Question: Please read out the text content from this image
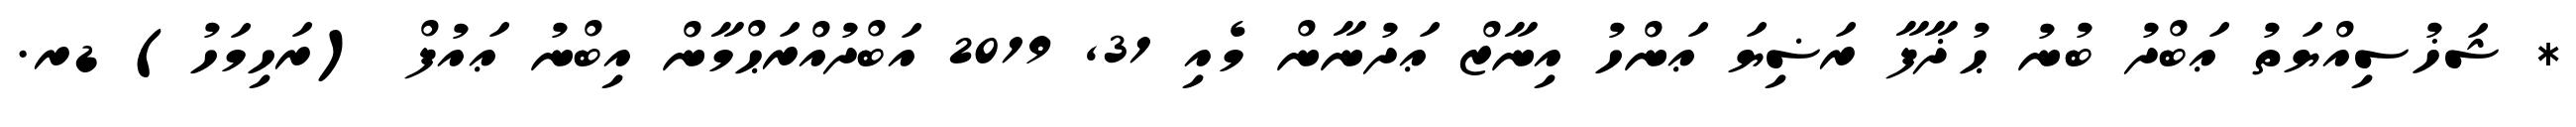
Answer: * ޝަޚުސިއްޔަތު ޢަބްދު ބުނު ޙުޛާފާ ރަޟިޔަ ޢަންހު އިނާޒް ޢަދުނާން މެއި 31, 2019 އަބްދުއްރަޙްމާން އިބްނު ޢައުފް (ރަހިމަހު) ޑރ.